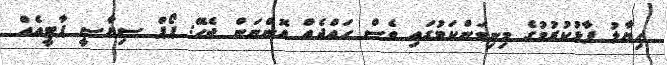
ހިޔާލު ފާޅުކުރުމުގެ މިނިވަންކަމުގައި ވެސް ހައްދެއް އޮންނަން ޖެހޭ: ޕޯޕް ސިޔާސީ ޕާޓީއެއް